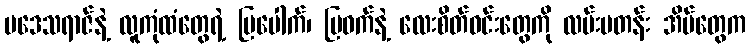
ပဒေသရာဇ်နဲ့ လူကုံထံတွေရဲ့ ပြပေါက်၊ ပြဝက်နဲ့ လေးစိတ်ဝင်းတွေကို လမ်းမတန်း အိမ်တွေက